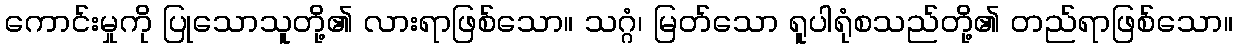
ကောင်းမှုကို ပြုသောသူတို့၏ လားရာဖြစ်သော။ သဂ္ဂံ၊ မြတ်သော ရူပါရုံစသည်တို့၏ တည်ရာဖြစ်သော။